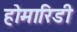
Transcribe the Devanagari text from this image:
होमारिडी